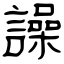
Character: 譟